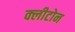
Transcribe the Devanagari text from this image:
क्‍लीटोन